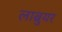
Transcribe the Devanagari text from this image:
लाब्रुयर